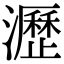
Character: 瀝